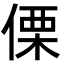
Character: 傈